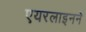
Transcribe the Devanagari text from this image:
एयरलाइनने